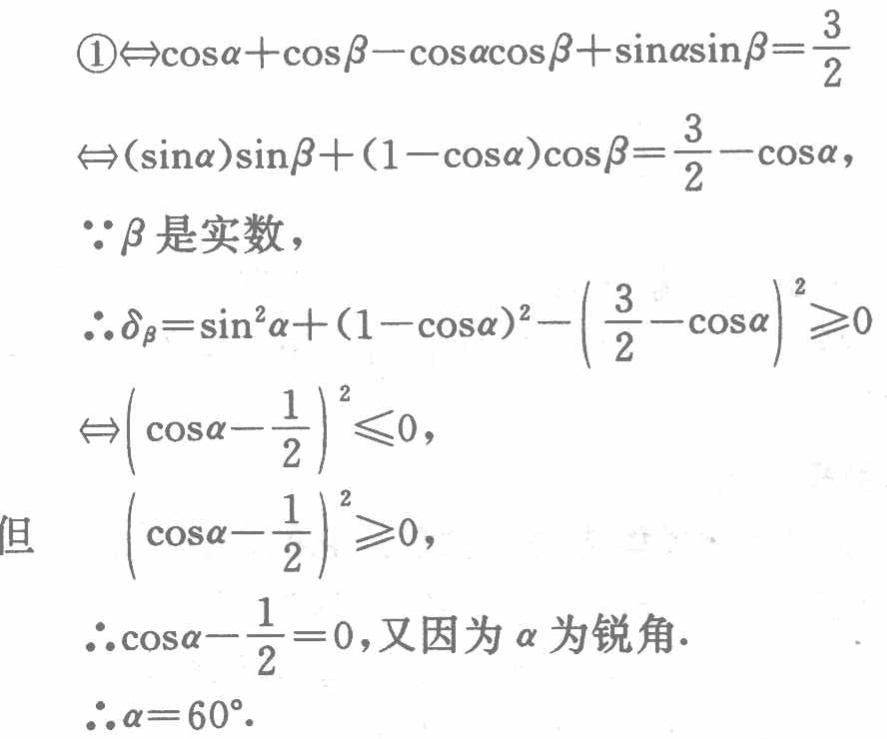
\textcircled{1}$\Leftrightarrow\cos\alpha+\cos\beta - \cos\alpha\cos\beta+\sin\alpha\sin\beta=\frac{3}{2}$

$\Leftrightarrow(\sin\alpha)\sin\beta+(1 - \cos\alpha)\cos\beta=\frac{3}{2}-\cos\alpha$，

$\because\beta$是实数，

$\therefore\delta_{\beta}=\sin^{2}\alpha+(1 - \cos\alpha)^{2}-(\frac{3}{2}-\cos\alpha)^{2}\geqslant0$

$\Leftrightarrow(\cos\alpha-\frac{1}{2})^{2}\leqslant0$，

但 $(\cos\alpha-\frac{1}{2})^{2}\geqslant0$，

$\therefore\cos\alpha-\frac{1}{2}=0$，又因为$\alpha$为锐角.

$\therefore\alpha = 60^{\circ}$.